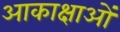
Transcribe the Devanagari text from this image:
आकाक्षाओं